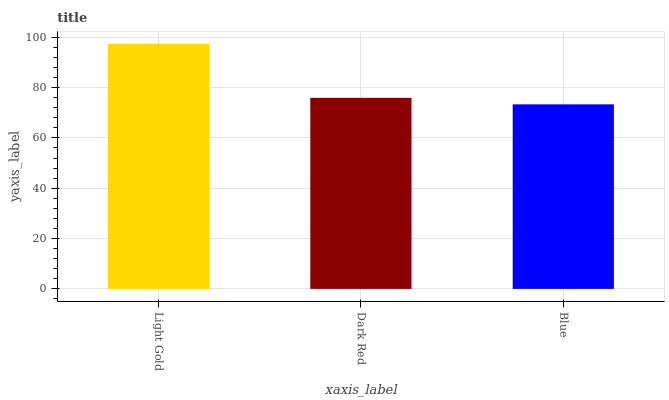
| xaxis_label | bars |
 | --- | --- |
 | Light Gold | 97.4 |
 | Dark Red | 75.9 |
 | Blue | 73.3 |